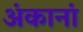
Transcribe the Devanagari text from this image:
अंकानां